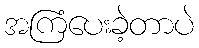
အကြံပေးခဲ့တာပဲ